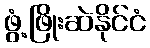
ဖွံ့ဖြိုးဆဲနိုင်ငံ